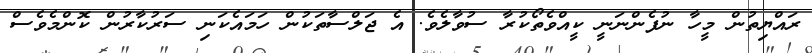
ރައްޔިތުން މީހާ ނުފެންނަނީ ކީއްވެތޯކުރާ ސުވާލެވެ. އެ ޖަލްސާތަކުން ހަމައެކަނި ސަރުކާރުން ކޮންމެވެސް